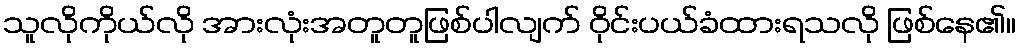
သူလိုကိုယ်လို အားလုံးအတူတူဖြစ်ပါလျက် ဝိုင်းပယ်ခံထားရသလို ဖြစ်နေ၏။